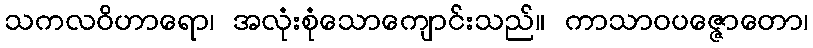
သကလဝိဟာရော၊ အလုံးစုံသောကျောင်းသည်။ ကာသာဝပဇ္ဇောတော၊